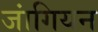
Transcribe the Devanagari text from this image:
जांगियन